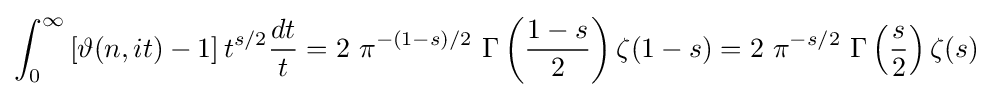
\int _{0}^{\infty }\left[\vartheta (n,it)-1\right]t^{s/2}{\frac {dt}{t}}=2\ \pi ^{-(1-s)/2}\ \Gamma \left({\frac {1-s}{2}}\right)\zeta (1-s)=2\ \pi ^{-s/2}\ \Gamma \left({\frac {s}{2}}\right)\zeta (s)